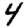
Digit: 4